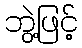
ဘွဲ့ဖြင့်